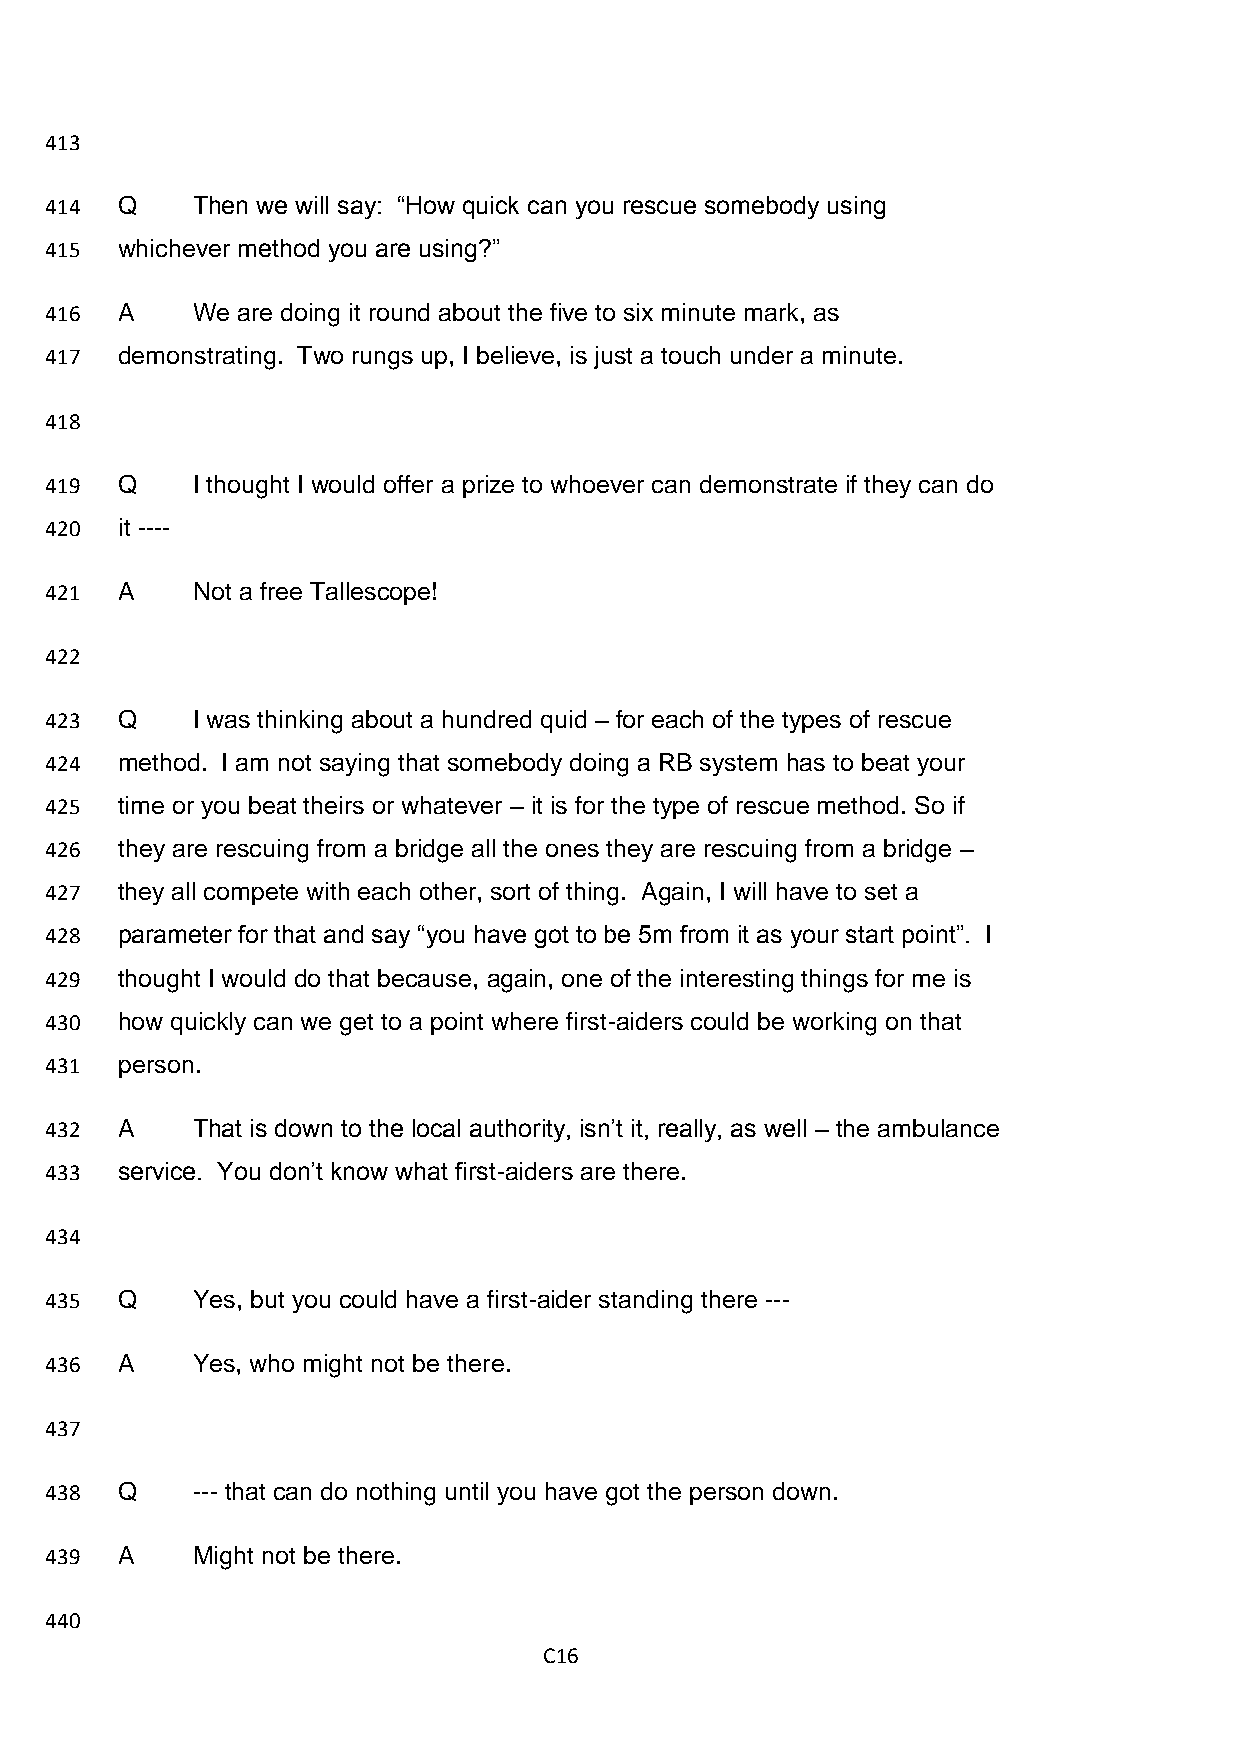
413
 414  Q    Then we will say: “How quick can you rescue somebody using
 415  whichever method you are using?”
 416  A    We are doing it round about the five to six minute mark, as
 417  demonstrating. Two rungs up, I believe, is just a touch under a minute.
 418
 419  Q    I thought I would offer a prize to whoever can demonstrate if they can do
 420  it ----
 421  A    Not a free Tallescope!
 422
 423  Q    I was thinking about a hundred quid – for each of the types of rescue
 424  method. I am not saying that somebody doing a RB system has to beat your
 425  time or you beat theirs or whatever – it is for the type of rescue method. So if
 426  they are rescuing from a bridge all the ones they are rescuing from a bridge –
 427  they all compete with each other, sort of thing. Again, I will have to set a
 428  parameter for that and say “you have got to be 5m from it as your start point”. I
 429  thought I would do that because, again, one of the interesting things for me is
 430  how quickly can we get to a point where first-aiders could be working on that
 431  person.
 432  A    That is down to the local authority, isn’t it, really, as well – the ambulance
 433  service. You don’t know what first-aiders are there.
 434
 435  Q    Yes, but you could have a first-aider standing there ---
 436  A    Yes, who might not be there.
 437
 438  Q    --- that can do nothing until you have got the person down.
 439  A    Might not be there.
 440
 C16